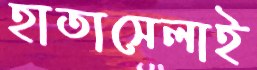
হাতাসেলাই